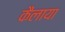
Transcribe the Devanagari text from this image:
कैलाया